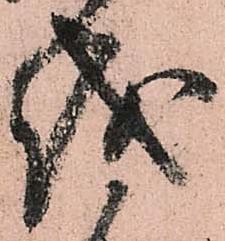
越